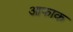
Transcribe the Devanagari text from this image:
आफाक